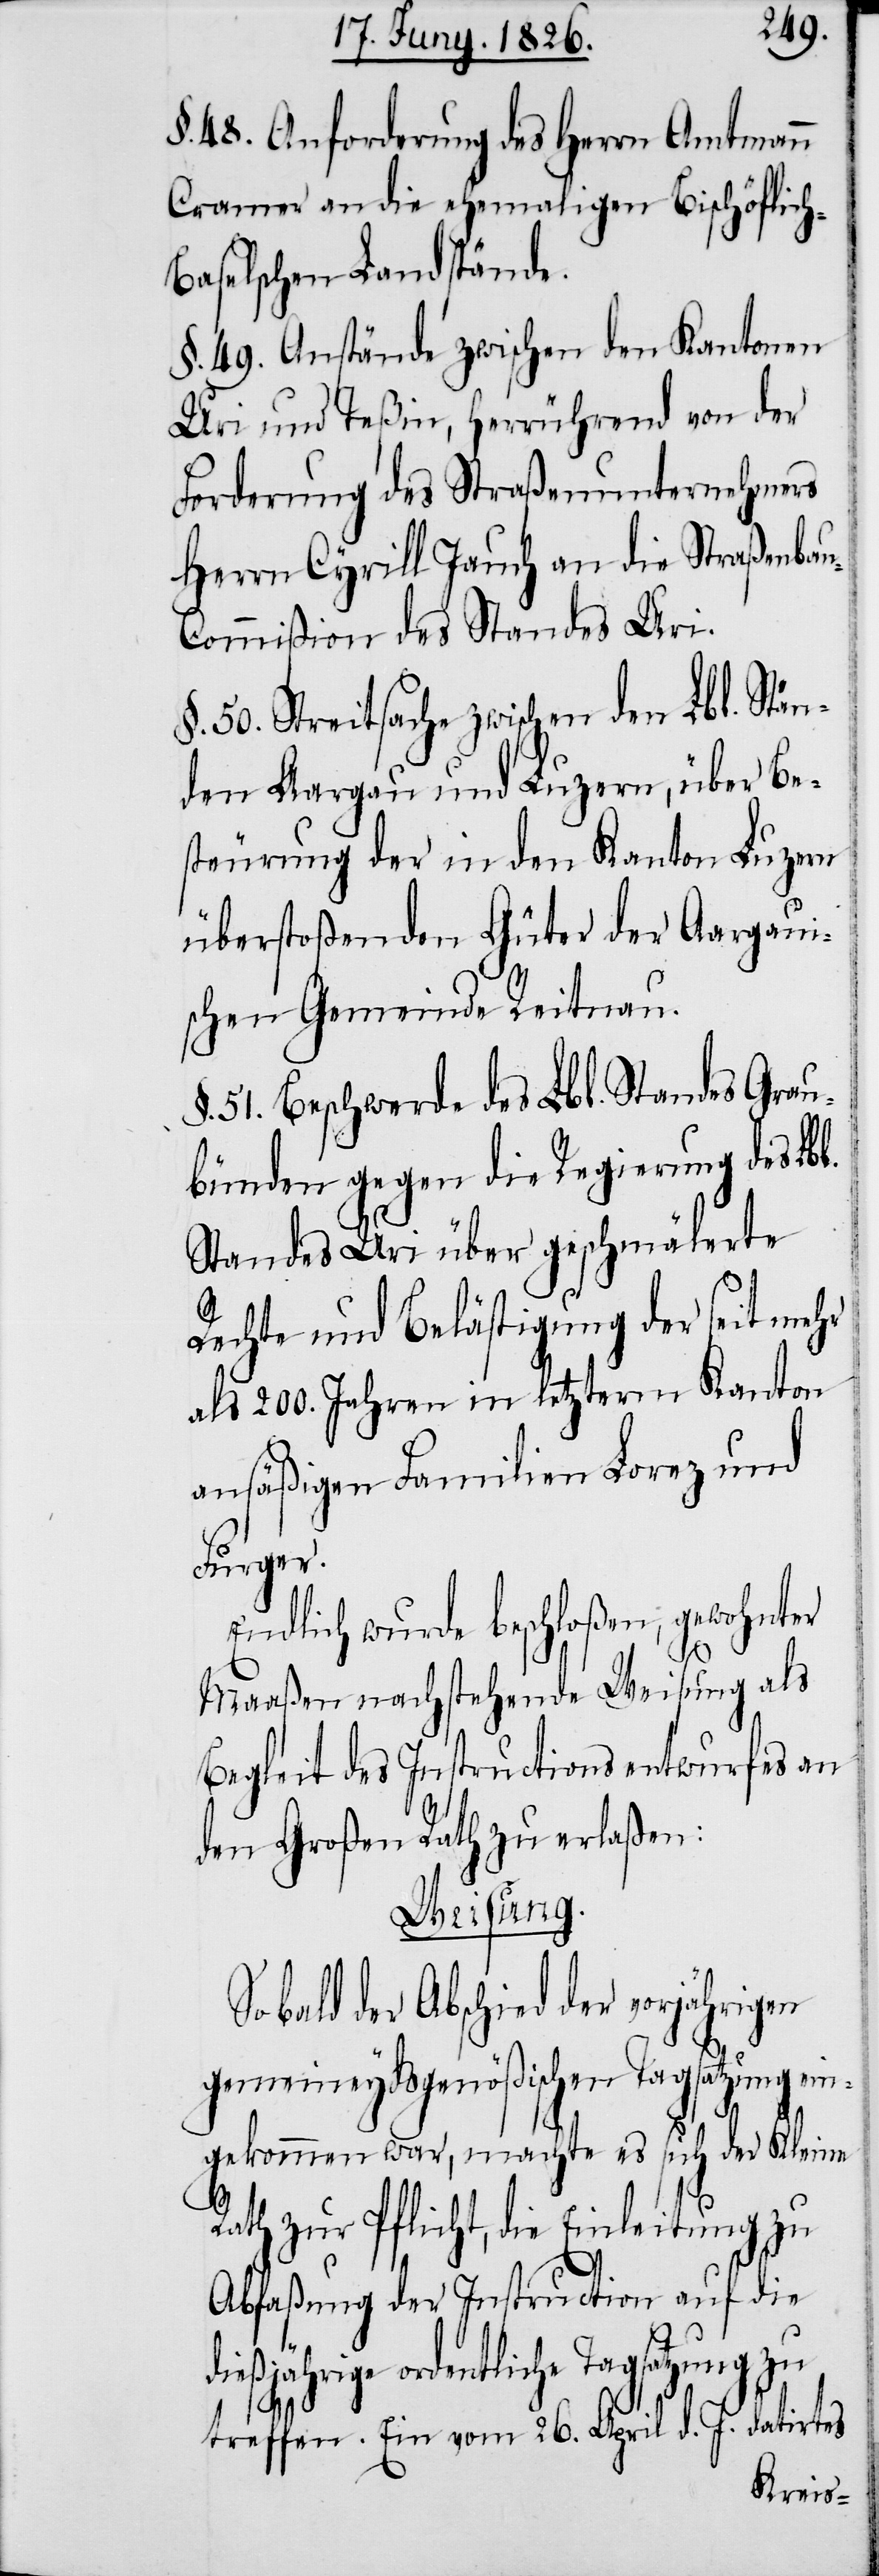
§. 48. Anforderung des Herrn Amtmann
Cramer an die ehemaligen Bischöflic¬
aselschen Landstände.
§. 49. Anstände zwischen den Kantonen
Uri und Teßin, herrührend von der
Forderung des Straßenunternehmers
Herrn Cyrill Jauch an die Straßenba¬
u-Commißion des Standes Uri.
§. 50. Streitsache zwischen den Lbl. Stän¬
den Aargau und Luzern, über Be¬
steurung der in den Kanton Luzern
überstoßenden Güter der Aargaui¬
schen Gemeinde Reitnau.
§. 51. Beschwerde des Lbl. Standes Grau¬
bünden gegen die Regierung des Lbl.
Standes Uri über geschmälerte
Rechte und Belästigung der seit mehr
als 200. Jahren in letzterm Kanton
ansäßigen Familien Lorez und
Furger.
Endlich wurde beschloßen, gewohnter
Maaßen nachstehende Weisung als
Begleit des Instructionsentwurfes an
den Großen Rath zu erlaßen:
Weisung.
So bald der Abschied der vorjährigen
gemeineydsgenößischen Tagsatzung
gekommen war, machte es sich der Kleine
Rath zur Pflicht, die Einleitung zu
Abfaßung der Instruction auf die
dießjährige ordentliche Tagsatzung zu
ein¬
treffen. Ein vom 26. April d. J. datirtes